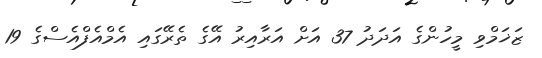
ޒަޚަމްވި މީހުންގެ އަދަދު 37 އަށް އަރާއިރު އޭގެ ތެރޭގައި އެމްއެފްއެސްގެ 19